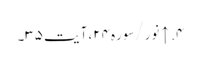
۴. ↑ نور/سوره۲۴، آیت ۳۵۔